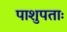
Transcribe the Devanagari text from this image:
पाशुपताः